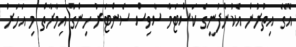
އޭގެ އިތުރުން އެކުންފުނީގެ ކަސްޓަމާ ސާވިސް ސެންޓަރު ހިންގާ އިމާރާތް މި އަހަރު